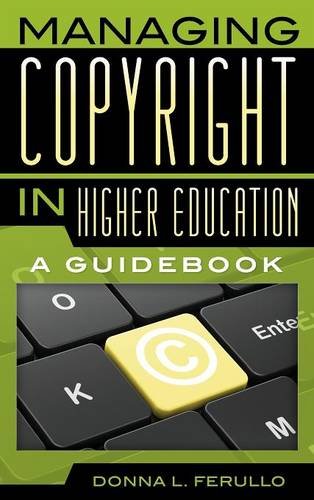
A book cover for Managing Copyright in Higher Education: A Guidebook; Donna L. Ferullo; Law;